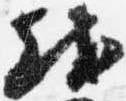
越